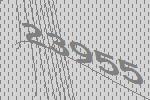
23955